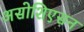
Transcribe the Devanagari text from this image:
असोशिएसन